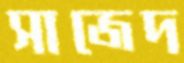
সাজেদ